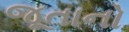
જૂતાનો